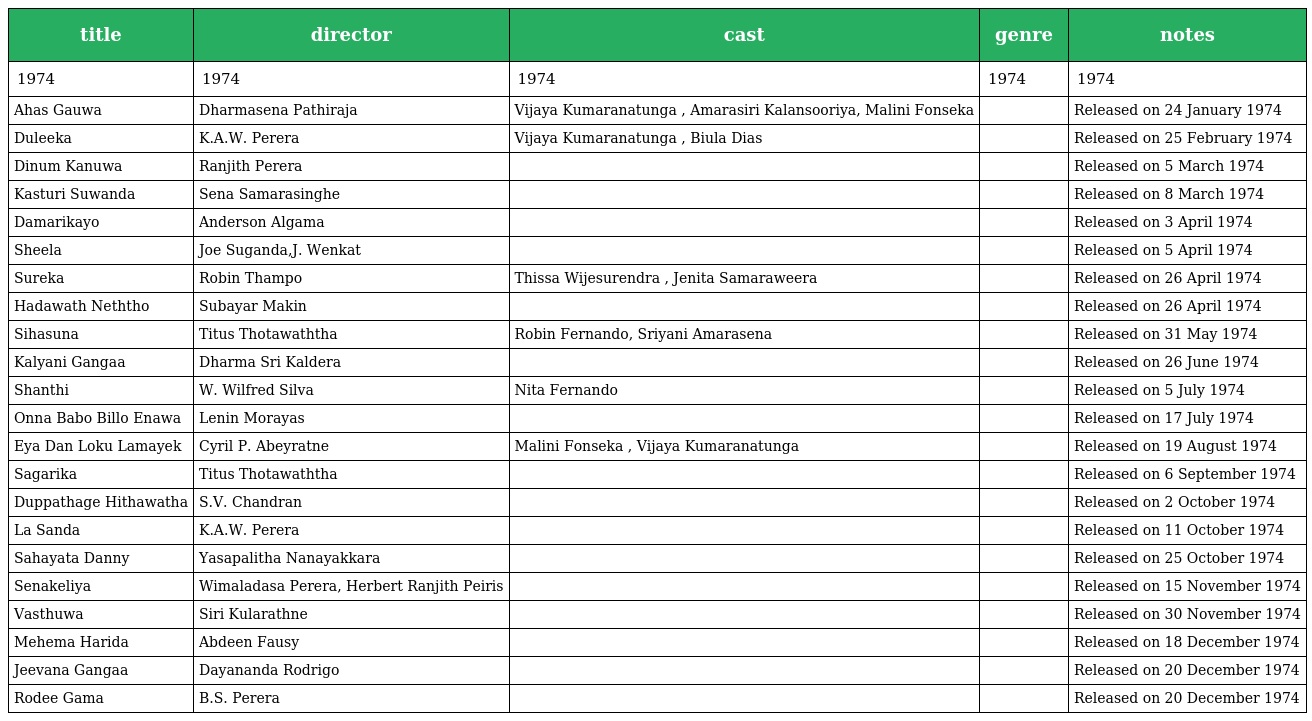
| title | director | cast | genre | notes |
 | --- | --- | --- | --- | --- |
 | 1974 | 1974 | 1974 | 1974 | 1974 |
 | Ahas Gauwa | Dharmasena Pathiraja | Vijaya Kumaranatunga , Amarasiri Kalansooriya, Malini Fonseka |  | Released on 24 January 1974 |
 | Duleeka | K.A.W. Perera | Vijaya Kumaranatunga , Biula Dias |  | Released on 25 February 1974 |
 | Dinum Kanuwa | Ranjith Perera |  |  | Released on 5 March 1974 |
 | Kasturi Suwanda | Sena Samarasinghe |  |  | Released on 8 March 1974 |
 | Damarikayo | Anderson Algama |  |  | Released on 3 April 1974 |
 | Sheela | Joe Suganda,J. Wenkat |  |  | Released on 5 April 1974 |
 | Sureka | Robin Thampo | Thissa Wijesurendra , Jenita Samaraweera |  | Released on 26 April 1974 |
 | Hadawath Neththo | Subayar Makin |  |  | Released on 26 April 1974 |
 | Sihasuna | Titus Thotawaththa | Robin Fernando, Sriyani Amarasena |  | Released on 31 May 1974 |
 | Kalyani Gangaa | Dharma Sri Kaldera |  |  | Released on 26 June 1974 |
 | Shanthi | W. Wilfred Silva | Nita Fernando |  | Released on 5 July 1974 |
 | Onna Babo Billo Enawa | Lenin Morayas |  |  | Released on 17 July 1974 |
 | Eya Dan Loku Lamayek | Cyril P. Abeyratne | Malini Fonseka , Vijaya Kumaranatunga |  | Released on 19 August 1974 |
 | Sagarika | Titus Thotawaththa |  |  | Released on 6 September 1974 |
 | Duppathage Hithawatha | S.V. Chandran |  |  | Released on 2 October 1974 |
 | La Sanda | K.A.W. Perera |  |  | Released on 11 October 1974 |
 | Sahayata Danny | Yasapalitha Nanayakkara |  |  | Released on 25 October 1974 |
 | Senakeliya | Wimaladasa Perera, Herbert Ranjith Peiris |  |  | Released on 15 November 1974 |
 | Vasthuwa | Siri Kularathne |  |  | Released on 30 November 1974 |
 | Mehema Harida | Abdeen Fausy |  |  | Released on 18 December 1974 |
 | Jeevana Gangaa | Dayananda Rodrigo |  |  | Released on 20 December 1974 |
 | Rodee Gama | B.S. Perera |  |  | Released on 20 December 1974 |